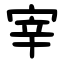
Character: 宰